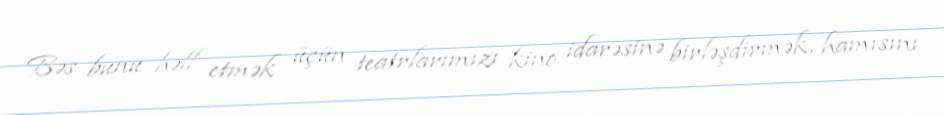
Bəs bunu həll etmək üçün teatrlarımızı kino idarəsinə birləşdirmək, hamısını